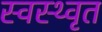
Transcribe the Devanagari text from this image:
स्वस्थ्वृत